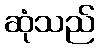
ဆုံသည်